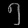
Digit: ၅